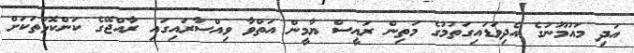
އަދި މައުމޫނުގެ އެދިވަޑައިގަތުމުގެ މަތިން ރައީސް ޔާމީން އަތްވާ ވިއްސާރައިގައި ރާއްޖޭގެ ކަންކޮޅުތަކަށް